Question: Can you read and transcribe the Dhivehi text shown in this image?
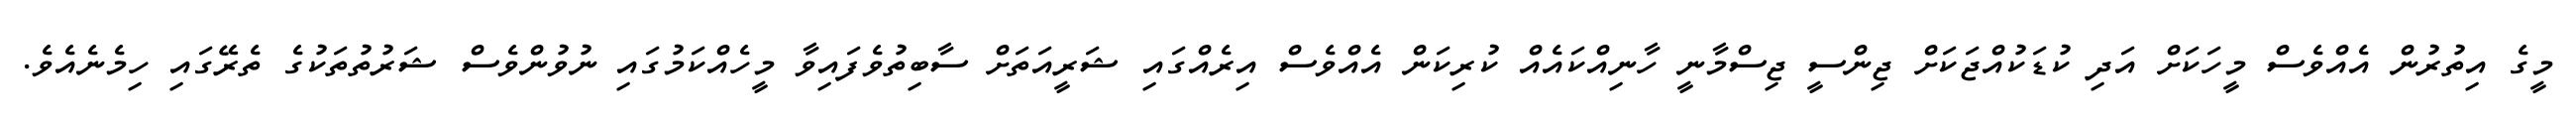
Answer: މީގެ އިތުރުން އެއްވެސް މީހަކަށް އަދި ކުޑަކުއްޖަކަށް ޖިންސީ ޖިސްމާނީ ހާނިއްކައެއް ކުރިކަން އެއްވެސް އިރެއްގައި ޝަރީއަތަށް ސާބިތުވެފައިވާ މީހެއްކަމުގައި ނުވުންވެސް ޝަރުތުތަކުގެ ތެރޭގައި ހިމެނެއެވެ.